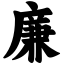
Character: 廉